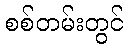
စစ်တမ်းတွင်